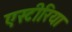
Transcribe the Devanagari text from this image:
एस्टीरिया